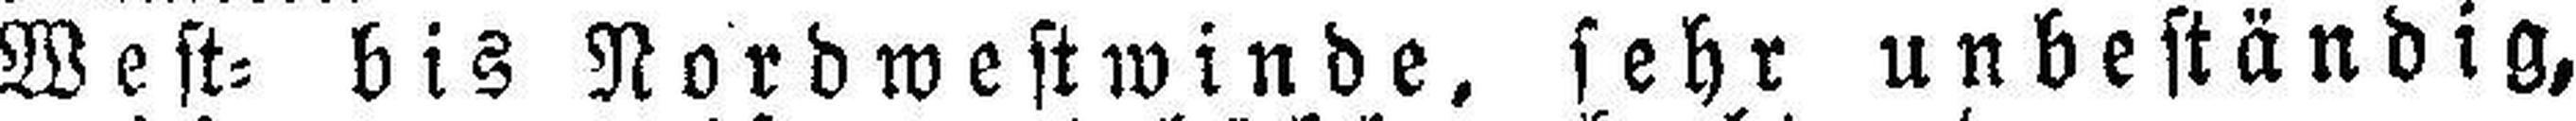
West= bis Nordwestwinde, sehr unbeständig,